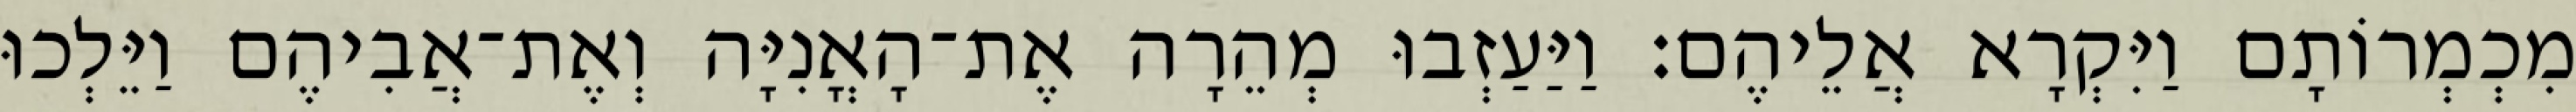
מִכְמְרוֹתָם וַיִּקְרָא אֲלֵיהֶם׃ וַיַּעַזְבוּ מְהֵרָה אֶת־הָאֳנִיָּה וְאֶת־אֲבִיהֶם וַיֵּלְכוּ